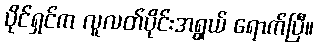
ပိုင်ရှင်က လူလတ်ပိုင်းအရွယ် ရောက်ပြီ။